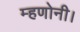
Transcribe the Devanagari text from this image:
म्हणोनी।